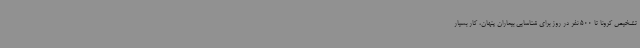
تشخیص کرونا تا 500 نفر در روز برای شناسایی بیماران پنهان، کار بسیار